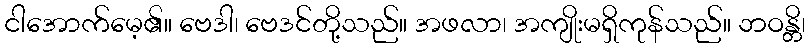
ငါအောက်မေ့၏။ ဗေဒါ၊ ဗေဒင်တို့သည်။ အဖလာ၊ အကျိုးမရှိကုန်သည်။ ဘဝန္တိ၊